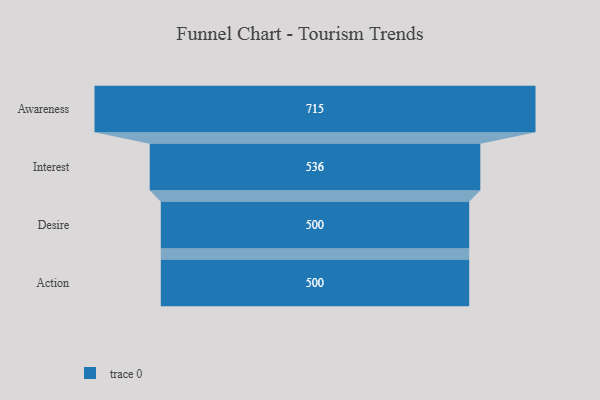
{"axis": {"x": "Stage", "y": "Value"}, "legend": [""], "data": [{"x": "Awareness", "y": 715.0, "type": ""}, {"x": "Interest", "y": 536.0, "type": ""}, {"x": "Desire", "y": 500, "type": ""}, {"x": "Action", "y": 500, "type": ""}]}